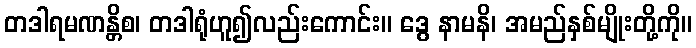
တဒါရမဏန္တိစ၊ တဒါရုံဟူ၍လည်းကောင်း။ ဒွေ နာမနိ၊ အမည်နှစ်မျိုးတို့ကို။